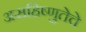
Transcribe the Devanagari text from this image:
असहिष्णुतेचे